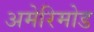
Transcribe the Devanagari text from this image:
अमेरिमोड